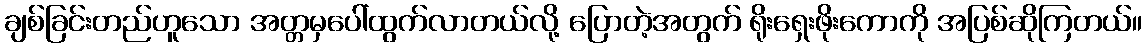
ချစ်ခြင်းတည်ဟူသော အတ္တမှပေါ်ထွက်လာတယ်လို့ ပြောတဲ့အတွက် ရိုးရှေးဖိုးကောကို အပြစ်ဆိုကြတယ်။